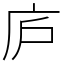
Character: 庐